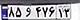
۸۵و۴۷۶۱۳